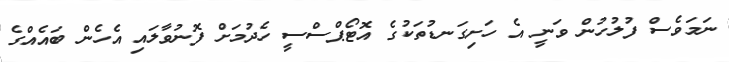
ނަމަވެސް ފުލުހުން ވަނީ އެ ހަށިގަނޑުތަކުގެ އޮޓޯޕްސްސީ ހެދުމަށް ފޮނުވާލައި އެހެން ބައެއްގެ